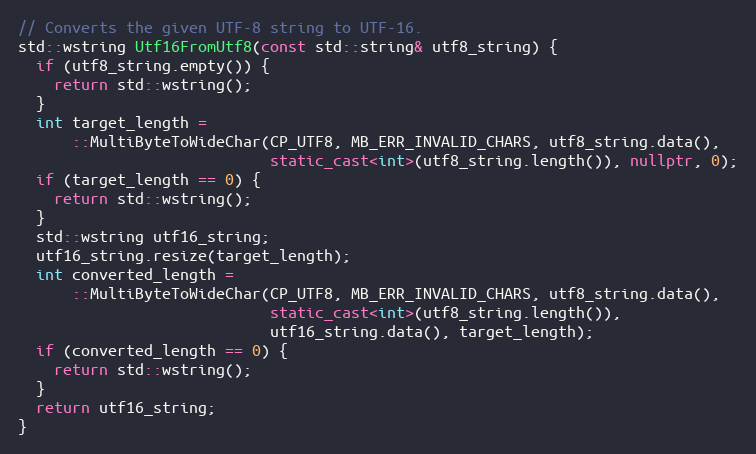
Language: C++
// Converts the given UTF-8 string to UTF-16.
std::wstring Utf16FromUtf8(const std::string& utf8_string) {
  if (utf8_string.empty()) {
    return std::wstring();
  }
  int target_length =
      ::MultiByteToWideChar(CP_UTF8, MB_ERR_INVALID_CHARS, utf8_string.data(),
                            static_cast<int>(utf8_string.length()), nullptr, 0);
  if (target_length == 0) {
    return std::wstring();
  }
  std::wstring utf16_string;
  utf16_string.resize(target_length);
  int converted_length =
      ::MultiByteToWideChar(CP_UTF8, MB_ERR_INVALID_CHARS, utf8_string.data(),
                            static_cast<int>(utf8_string.length()),
                            utf16_string.data(), target_length);
  if (converted_length == 0) {
    return std::wstring();
  }
  return utf16_string;
}